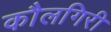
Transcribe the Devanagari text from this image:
कौलगिरी